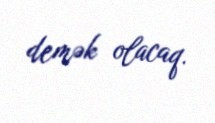
demək olacaq.